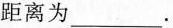
距离为___。